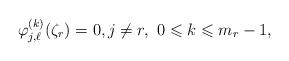
LaTeX: \begin{align*} \varphi_{j,\ell}^{(k)}(\zeta_r)=0,j\neq r,\ 0\leqslant k\leqslant m_r-1,\end{align*}